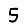
Digit: 5